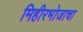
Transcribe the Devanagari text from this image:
मिहीरभोजाचा